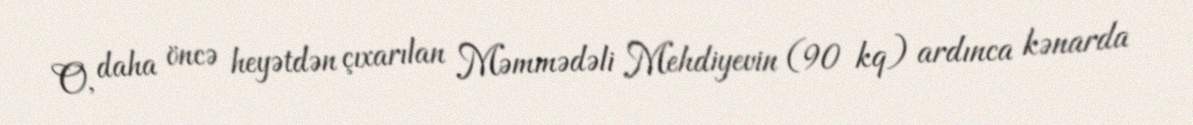
O, daha öncə heyətdən çıxarılan Məmmədəli Mehdiyevin (90 kq) ardınca kənarda